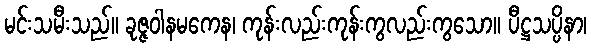
မင်းသမီးသည်။ ခုဇ္ဇဝါနမကေန၊ ကုန်းလည်းကုန်းကွလည်းကွသော။ ပီဋ္ဌသပ္ပိနာ၊